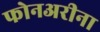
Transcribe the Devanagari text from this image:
फोनअरीना